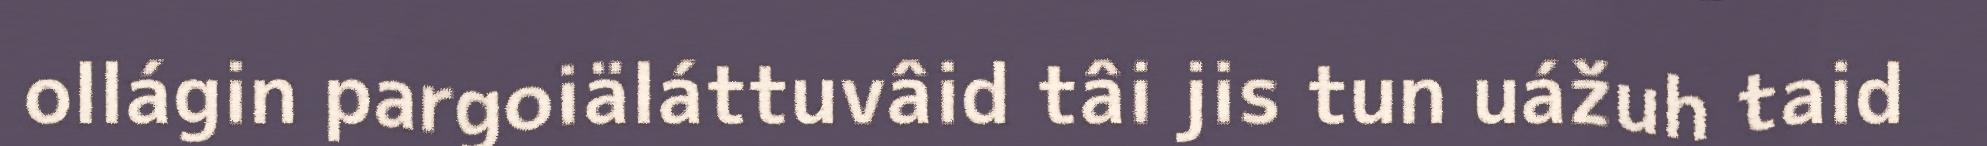
ollágin pargoiäláttuvâid tâi jis tun uážuh taid